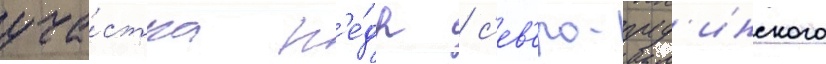
уча́стка н'е́др / с'ев'еро-пуд'инского